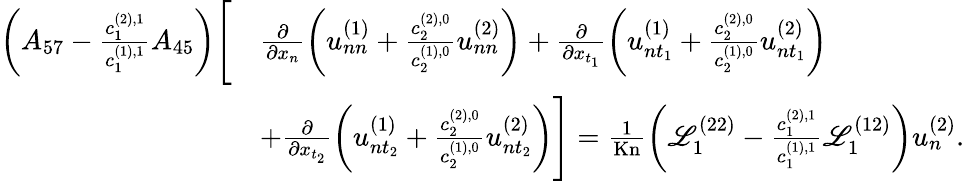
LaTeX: \begin{array}{rl}{\left(A_{57}-\frac{c_{1}^{(2),1}}{c_{1}^{(1),1}}A_{45}\right)\Bigg[}&{\frac{\partial}{\partial x_{n}}\left(u_{nn}^{(1)}+\frac{c_{2}^{(2),0}}{c_{2}^{(1),0}}u_{nn}^{(2)}\right)+\frac{\partial}{\partial x_{t_{1}}}\left(u_{nt_{1}}^{(1)}+\frac{c_{2}^{(2),0}}{c_{2}^{(1),0}}u_{nt_{1}}^{(2)}\right)}\\ &{+\frac{\partial}{\partial x_{t_{2}}}\left(u_{nt_{2}}^{(1)}+\frac{c_{2}^{(2),0}}{c_{2}^{(1),0}}u_{nt_{2}}^{(2)}\right)\Bigg]=\frac{1}{\mathrm{Kn}}\left(\mathscr{L}_{1}^{(22)}-\frac{c_{1}^{(2),1}}{c_{1}^{(1),1}}\mathscr{L}_{1}^{(12)}\right)u_{n}^{(2)}.}\end{array}